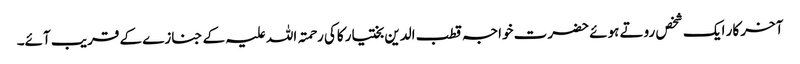
آخر کار ایک شخص روتے ہوئے حضرت خواجہ قطب الدین بختیار کاکی رحمتہ اللہ علیہ کے جنازے کے قریب آئے۔